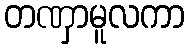
တဏှာမူလကာ